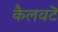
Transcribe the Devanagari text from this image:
कैलवटॆ